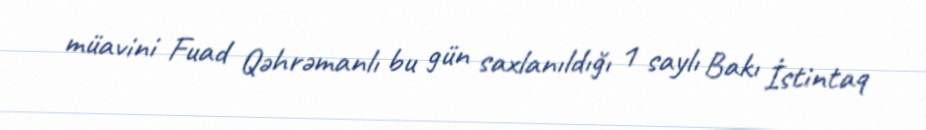
müavini Fuad Qəhrəmanlı bu gün saxlanıldığı 1 saylı Bakı İstintaq